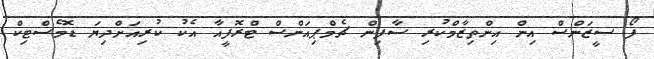
ފޯ ސީޒަންސް އިން އިންތިޒާމްކުރި ސާފިން ޗެމްޕިއަންސް ޓްރޮފީއާ އެކު ކުރިއަށްދިޔަ ޑޮމެސްޓިކް